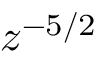
z ^ { - 5 / 2 }